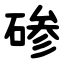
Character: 碜